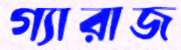
গ্যারাজ